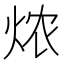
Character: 㶶